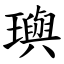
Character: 璵